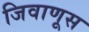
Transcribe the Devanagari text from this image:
जिवाणूस